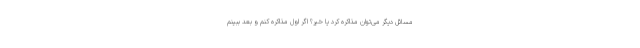
مسائل دیگر می‌توان مذاکره کرد یا خیر؟ اگر اول مذاکره کنم و بعد ببینم